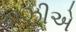
કાઝીએ